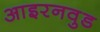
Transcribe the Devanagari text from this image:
आइरनवुड